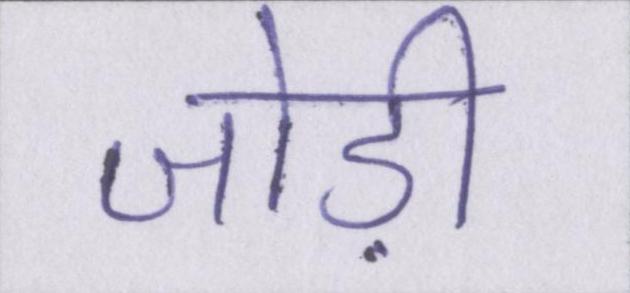
जोड़ी